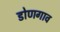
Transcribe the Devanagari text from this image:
डोणगाव